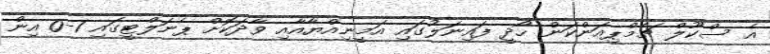
އެ ސްކޫލް ޗެމްޕިއަންކަން ހޯދީ ފައިނަލުގައި އަމީނިއްޔާއާއި ވާދަކޮށް ޕެނަލްޓީގައި 1-0 އިން